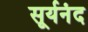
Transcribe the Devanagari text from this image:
सूर्यनंद